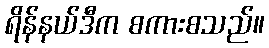
ရိန်နယ်ဒီက စကားစသည်။